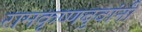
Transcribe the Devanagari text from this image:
रामकृष्णबुवांनी